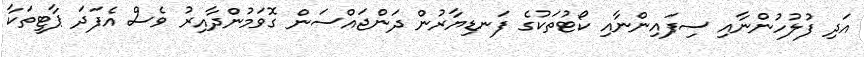
އަދި ފުލުހުންނާއި ސިފައިންނާއި ކޯޓުތަކުގެ ފަނޑިޔާރުން ދަންޖައްސަން ގޮވަމުންދާއިރު ވެސް އެފަދަ ޕާޓީތަކާ